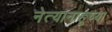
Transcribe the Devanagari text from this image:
नेत्यानाहूच्या